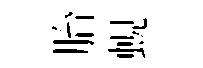
胎蜆